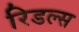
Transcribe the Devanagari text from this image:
रिडल्स